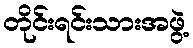
တိုင်းရင်းသားအဖွဲ့